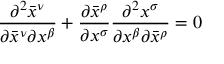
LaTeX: { \frac { \partial ^ { 2 } { \bar { x } } ^ { \nu } } { \partial { \bar { x } } ^ { \nu } \partial x ^ { \beta } } } + { \frac { \partial { \bar { x } } ^ { \rho } } { \partial x ^ { \sigma } } } { \frac { \partial ^ { 2 } x ^ { \sigma } } { \partial x ^ { \beta } \partial { \bar { x } } ^ { \rho } } } = 0